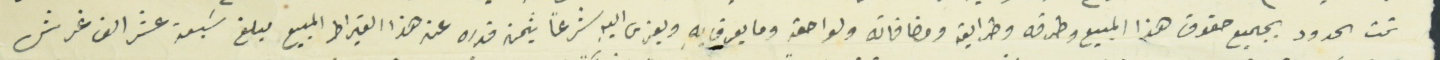
تحت الحدود بجميع الحقوق هذا المبيع وطرقه وطرايقه ومضافاته ولواحقه وما يعرف بهِ ويعزى اليهِ شرعاً بثمن قدره عن هذا القيراط المبيع مبلغ سَبعة عشر الف غرش